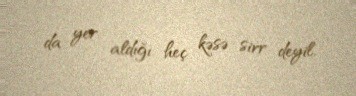
da yer aldığı heç kəsə sirr deyil.